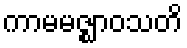
ကာမမဇ္ဈာဝသတိ